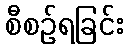
စီစဉ်ရခြင်း